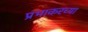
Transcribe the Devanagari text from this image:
प्रभाकरच्या